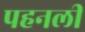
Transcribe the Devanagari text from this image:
पहनली